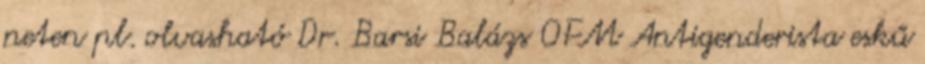
neten pl. olvasható Dr. Barsi Balázs OFM Antigenderista eskű